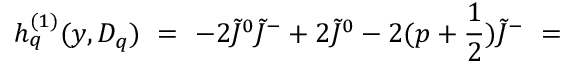
h _ { q } ^ { ( 1 ) } ( y , { \cal D } _ { q } ) \ = \ - 2 \tilde { J } ^ { 0 } \tilde { J } ^ { - } + 2 \tilde { J } ^ { 0 } - 2 ( p + \frac { 1 } { 2 } ) \tilde { J } ^ { - } \ =